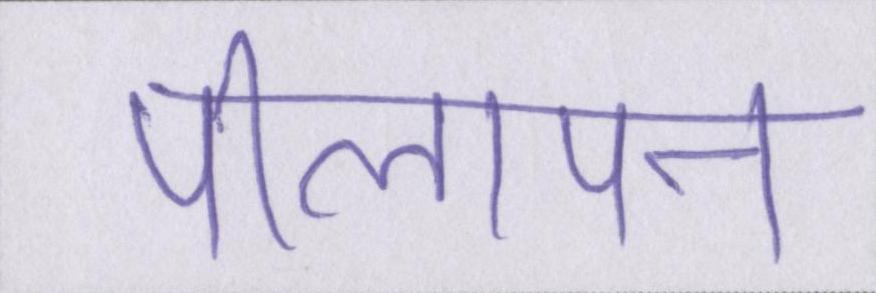
पीलापन